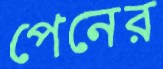
পেনের